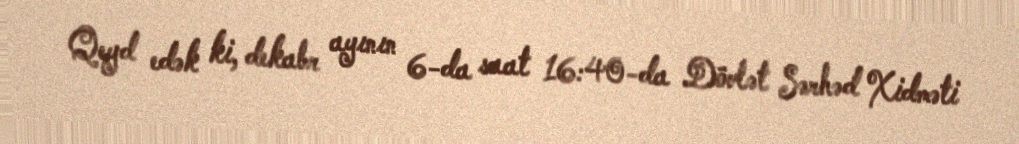
Qeyd edək ki, dekabr ayının 6-da saat 16:40-da Dövlət Sərhəd Xidməti